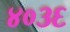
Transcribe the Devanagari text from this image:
४०३६